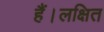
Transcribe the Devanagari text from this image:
हैं।लक्षित